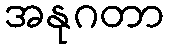
အနုဂတာ